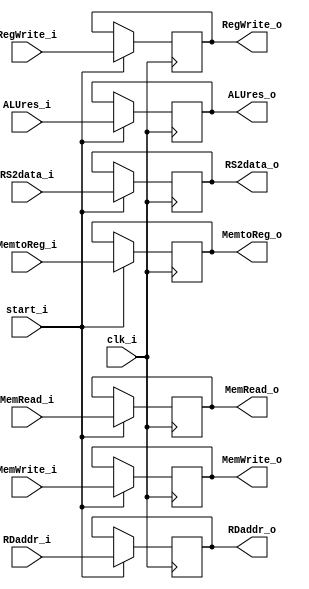
module EXMEM
(
    clk_i,
    start_i,
    
    ALUres_i,
    RegWrite_i,
    MemtoReg_i,
    MemRead_i,
    MemWrite_i,
    RS2data_i,
    RDaddr_i,
    
    ALUres_o,
    RegWrite_o,
    MemtoReg_o,
    MemRead_o,
    MemWrite_o,
    RS2data_o,
    RDaddr_o
);

// Ports
input               clk_i;
input               start_i;
input   [31:0]      ALUres_i;
input               RegWrite_i;
input               MemtoReg_i;
input               MemRead_i;
input               MemWrite_i;
input   [31:0]      RS2data_i;
input   [4:0]       RDaddr_i;

output  [31:0]      ALUres_o;
output              RegWrite_o;
output              MemtoReg_o;
output              MemRead_o;
output              MemWrite_o;
output  [31:0]      RS2data_o;
output  [4:0]       RDaddr_o;

reg     [31:0]       ALUres_o;
reg                 RegWrite_o;
reg                 MemtoReg_o;
reg                 MemRead_o;
reg                 MemWrite_o;
reg     [31:0]      RS2data_o;
reg     [4:0]       RDaddr_o;

always@(posedge clk_i) begin
    if(start_i) begin
        ALUres_o <= ALUres_i;
        RegWrite_o <= RegWrite_i;
        MemtoReg_o <= MemtoReg_i;
        MemRead_o <= MemRead_i;
        MemWrite_o <= MemWrite_i;
        RS2data_o <= RS2data_i;
        RDaddr_o <= RDaddr_i;
    end
end

endmodule